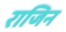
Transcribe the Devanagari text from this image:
राजिन